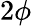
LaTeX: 2\phi